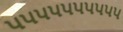
૫૫૫૫૫૫૫૫૫૫